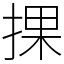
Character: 捰